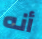
أنه